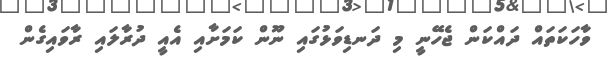
ވާހަކަތައް ދައްކަން ޖެހޭނީ މި ދަނޑިވަޅުގައި ނޫން ކަމަށާއި އެއީ ދުރާލައި ރާވައިގެން